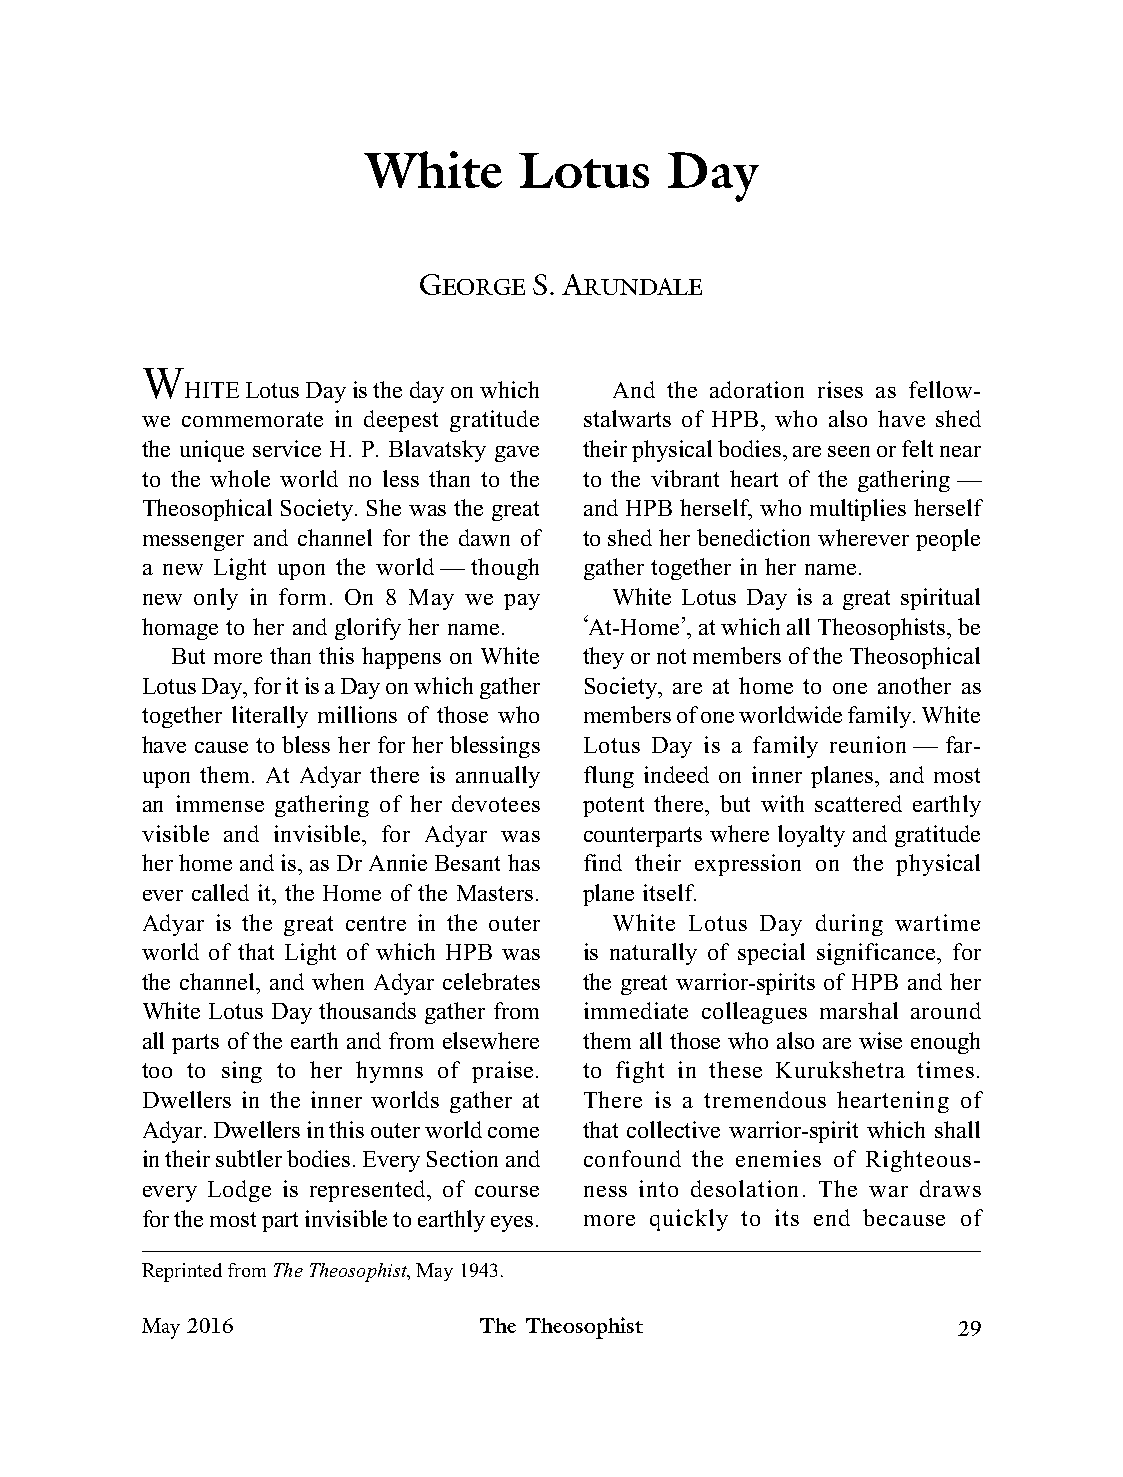
White Lotus Day
 White     Lotus     Day
 GEORGE S. ARUNDALE
 W
 HITE Lotus Day is the day on which And the adoration rises as fellow-
 we commemorate in deepest gratitude stalwarts of HPB, who also have shed
 the unique service H. P. Blavatsky gave their physical bodies, are seen or felt near
 to the whole world no less than to the to the vibrant heart of the gathering —
 Theosophical Society. She was the great and HPB herself, who multiplies herself
 messenger and channel for the dawn of to shed her benediction wherever people
 a new Light upon the world — though gather together in her name.
 new only in form. On 8 May we pay White Lotus Day is a great spiritual
 homage to her and glorify her name. ‘At-Home’, at which all Theosophists, be
 But more than this happens on White they or not members of the Theosophical
 Lotus Day, for it is a Day on which gather Society, are at home to one another as
 together literally millions of those who members of one worldwide family. White
 have cause to bless her for her blessings Lotus Day is a family reunion — far-
 upon them. At Adyar there is annually flung indeed on inner planes, and most
 an immense gathering of her devotees potent there, but with scattered earthly
 visible and invisible, for Adyar was counterparts where loyalty and gratitude
 her home and is, as Dr Annie Besant has find their expression on the physical
 ever called it, the Home of the Masters. plane itself.
 Adyar is the great centre in the outer White Lotus Day during wartime
 world of that Light of which HPB was is naturally of special significance, for
 the channel, and when Adyar celebrates the great warrior-spirits of HPB and her
 White Lotus Day thousands gather from immediate colleagues marshal around
 all parts of the earth and from elsewhere them all those who also are wise enough
 too to sing to her hymns of praise. to fight in these Kurukshetra times.
 Dwellers in the inner worlds gather at There is a tremendous heartening of
 Adyar. Dwellers in this outer world come that collective warrior-spirit which shall
 in their subtler bodies. Every Section and confound the enemies of Righteous-
 every Lodge is represented, of course ness into desolation. The war draws
 for the most part invisible to earthly eyes. more quickly to its end because of
 Reprinted from The Theosophist, May 1943.
 May 2016               The Theosophist                29